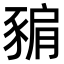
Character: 𧱚